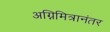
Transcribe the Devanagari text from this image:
अग्निमित्रानंतर